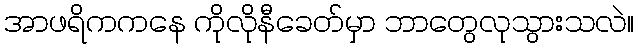
အာဖရိကကနေ ကိုလိုနီခေတ်မှာ ဘာတွေလုသွားသလဲ။